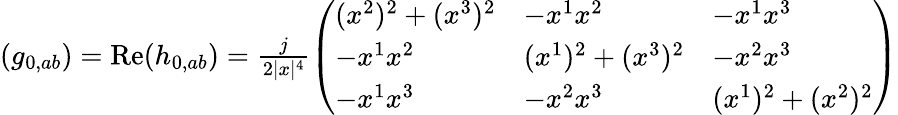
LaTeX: \begin{array}{r}{(g_{0,ab})=\operatorname{Re}(h_{0,ab})=\frac{j}{2\vert x\vert^{4}}\left(\begin{array}{lll}{(x^{2})^{2}+(x^{3})^{2}}&{-x^{1}x^{2}}&{-x^{1}x^{3}}\\ {-x^{1}x^{2}}&{(x^{1})^{2}+(x^{3})^{2}}&{-x^{2}x^{3}}\\ {-x^{1}x^{3}}&{-x^{2}x^{3}}&{(x^{1})^{2}+(x^{2})^{2}}\end{array}\right)}\end{array}